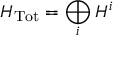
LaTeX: H _ { \mathrm { T o t } } = \bigoplus _ { i } H ^ { i }